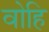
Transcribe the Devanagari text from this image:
वोहि